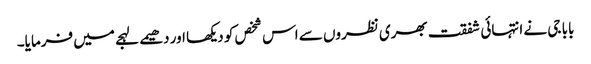
بابا جی نے انتہائی شفقت بھری نظروں سے اس شخص کو دیکھا اور دھیمے لہجے میں فرمایا۔